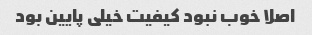
اصلا خوب نبود کیفیت خیلی پایین بود